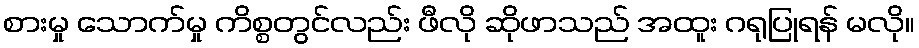
စားမှု သောက်မှု ကိစ္စတွင်လည်း ဖီလို ဆိုဖာသည် အထူး ဂရုပြုရန် မလို။